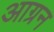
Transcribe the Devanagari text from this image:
आग्रन